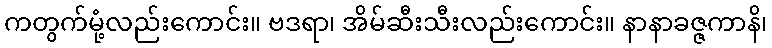
ကတွက်မုံ့လည်းကောင်း။ ဗဒရာ၊ အိမ်ဆီးသီးလည်းကောင်း။ နာနာခဇ္ဇကာနိ၊